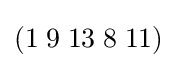
(1\;9\;13\;8\;11)